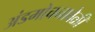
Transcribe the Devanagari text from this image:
अंडमोचनावेळी